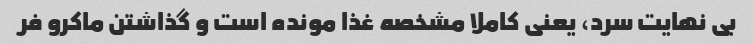
بی نهایت سرد، یعنی کاملا مشخصه غذا مونده است و گذاشتن ماکرو فر